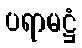
ပရာမဋ္ဌံ